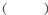
()